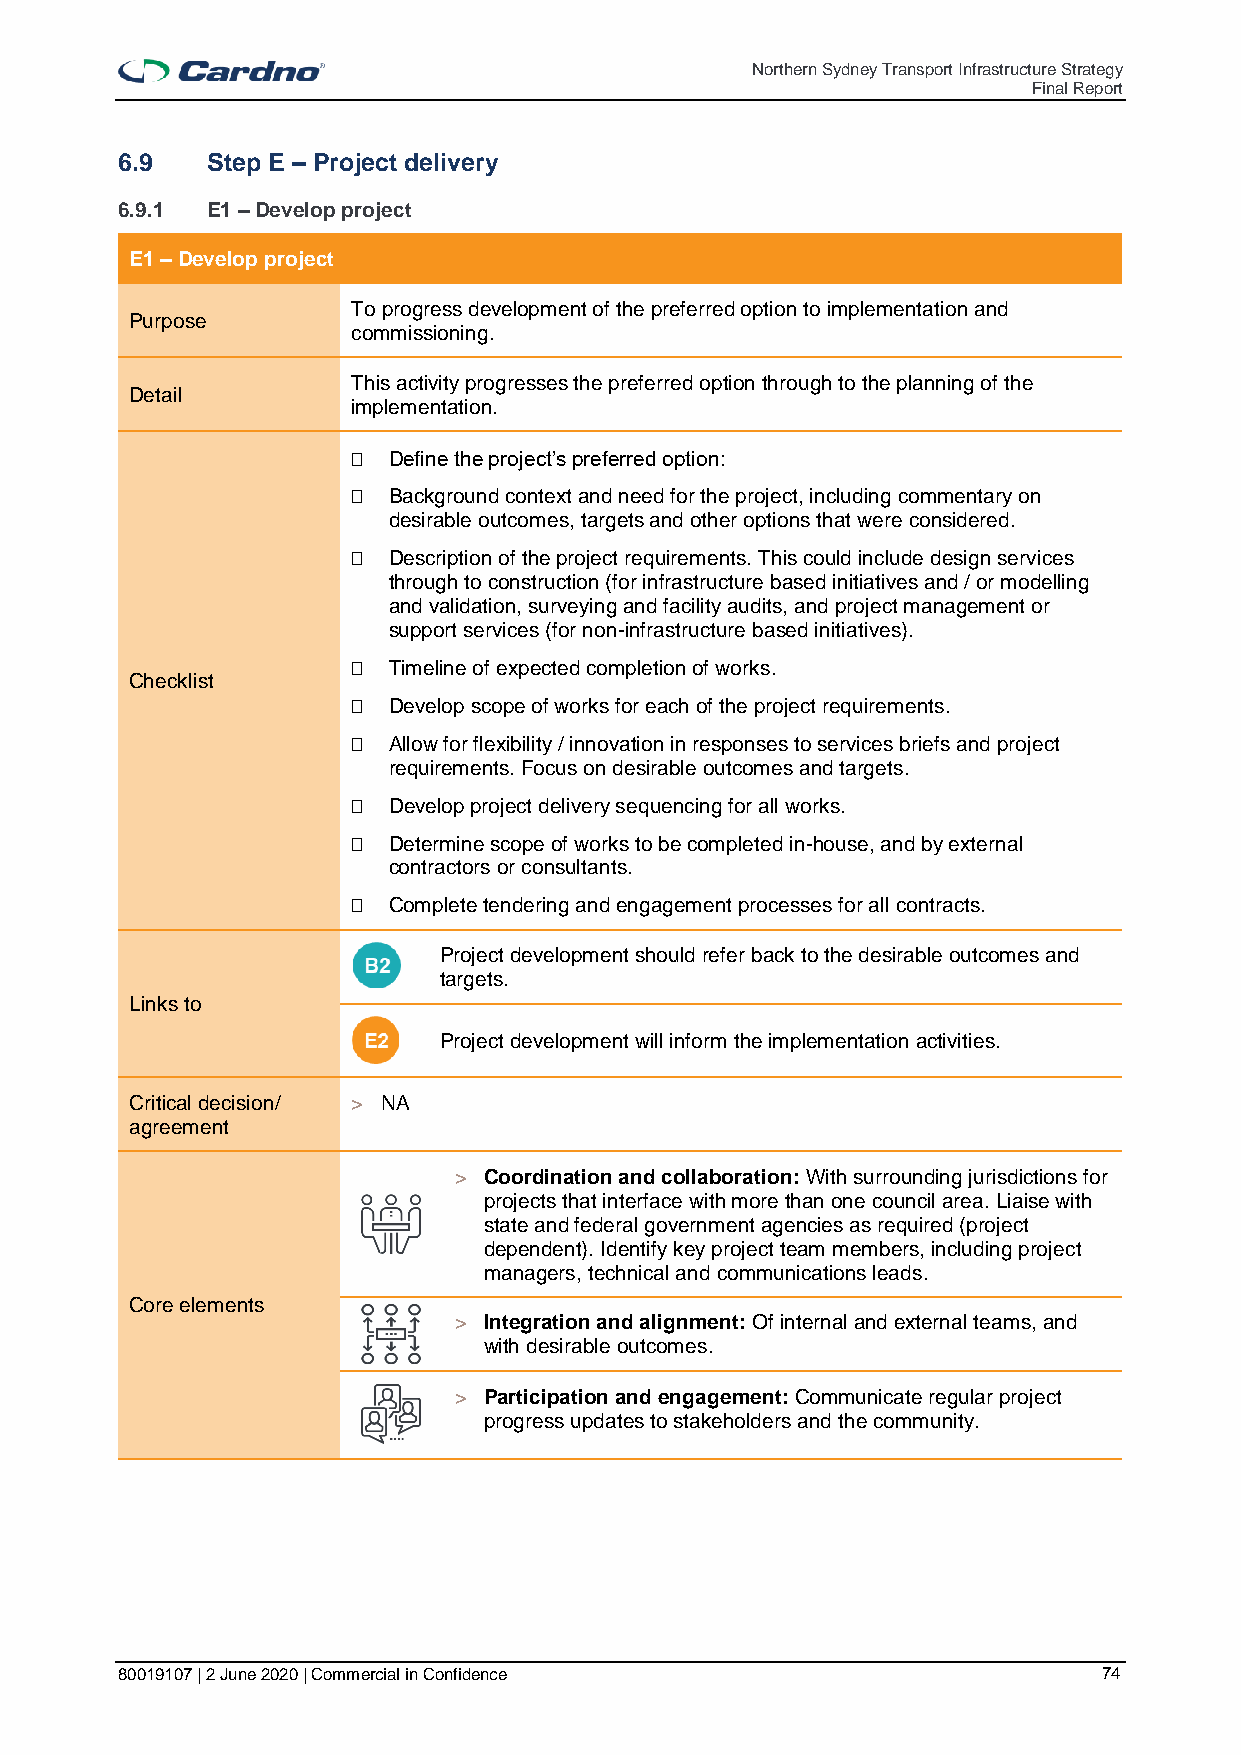
Northern Sydney Transport Infrastructure Strategy
 Final Report
 6.9   Step E – Project delivery
 6.9.1 E1 – Develop project
 E1 – Develop project
 To progress development of the preferred option to implementation and
 Purpose
 commissioning.
 This activity progresses the preferred option through to the planning of the
 Detail
 implementation.
   Define the project’s preferred option:
   Background context and need for the project, including commentary on
 desirable outcomes, targets and other options that were considered.
   Description of the project requirements. This could include design services
 through to construction (for infrastructure based initiatives and / or modelling
 and validation, surveying and facility audits, and project management or
 support services (for non-infrastructure based initiatives).
   Timeline of expected completion of works.
 Checklist
   Develop scope of works for each of the project requirements.
   Allow for flexibility / innovation in responses to services briefs and project
 requirements. Focus on desirable outcomes and targets.
   Develop project delivery sequencing for all works.
   Determine scope of works to be completed in-house, and by external
 contractors or consultants.
   Complete tendering and engagement processes for all contracts.
 Project development should refer back to the desirable outcomes and
 targets.
 Links to
 Project development will inform the implementation activities.
 Critical decision/ > NA
 agreement
 > Coordination and collaboration: With surrounding jurisdictions for
 projects that interface with more than one council area. Liaise with
 state and federal government agencies as required (project
 dependent). Identify key project team members, including project
 managers, technical and communications leads.
 Core elements
 > Integration and alignment: Of internal and external teams, and
 with desirable outcomes.
 > Participation and engagement: Communicate regular project
 progress updates to stakeholders and the community.
 80019107 | 2 June 2020 | Commercial in Confidence                74